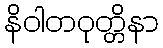
နိဝါတဝုတ္တိနာ